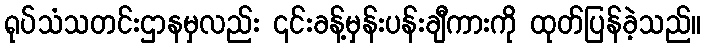
ရုပ်သံသတင်းဌာနမှလည်း ၎င်းခန့်မှန်းပန်းချီကားကို ထုတ်ပြန်ခဲ့သည်။